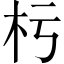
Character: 杇